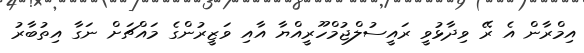
އިމްރާން އެ ރޭ ވިދާޅުވީ ރައީސުލްޖުމްހޫރީއްޔާ އާއި ވަޒީރުންގެ މައްޗަށް ނަގާ އިތުބާރު